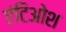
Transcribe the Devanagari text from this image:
एंटिओश